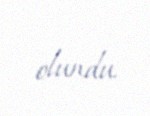
olundu.